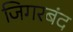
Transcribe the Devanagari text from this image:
जिगरबंद